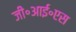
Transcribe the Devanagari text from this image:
जी॰आई॰एस